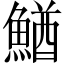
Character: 鰌